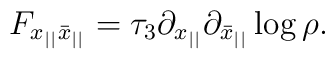
F_{x_{||}\bar x_{||}}=\tau_3\partial_{x_{||}}\partial_{\bar x_{||}}\log\rho.